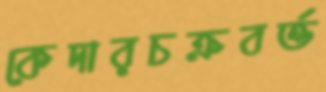
কেদারচক্রবর্ত্ত